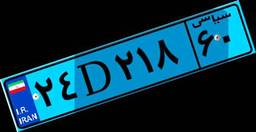
۲۴D۲۱۸۶۰